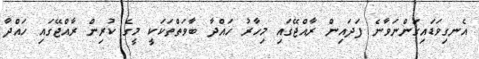
އެނގިވަޑައިގަންނަވާނެ ފަދައިން ރާއްޖޭގައި މިހާރު ހައްދާ ބާވަތްތަކަކީ މީގެ ކުރިން ރާއްޖޭގައި ހައްދާ